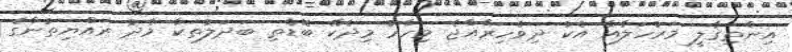
އިންތިޤާލީ މަރުހަލާއާ އެކު ދިވެހިރާއްޖެ މިހާރު މިދެކޭ ބޮޑެތި ބަދަލުތަކާ މެދު ރައްޔިތުންގެ